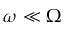
\omega \ll \Omega